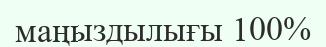
маңыздылығы 100%